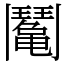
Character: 䰗